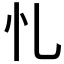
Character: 𢖪